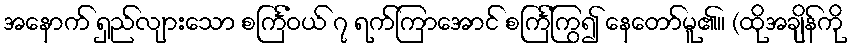
အနောက် ရှည်လျားသော စင်္ကြံဝယ် ၇ ရက်ကြာအောင် စင်္ကြံကြွ၍ နေတော်မူ၏။ (ထိုအချိန်ကို